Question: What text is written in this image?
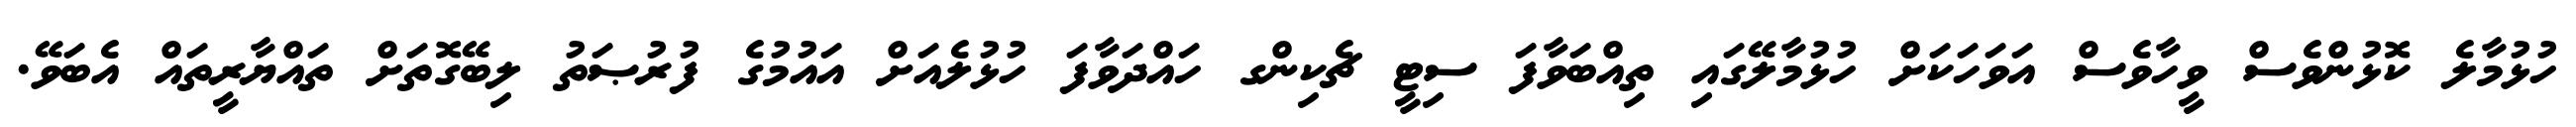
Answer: ހުޅުމާލެ ކޮޅުންވެސް ވީހާވެސް އަވަހަކަށް ހުޅުމާލޭގައި ތިއްބަވާފަ ސިޓީ ޗެކިންގ ހައްދަވާފަ ހުޅުލެއަށް އައުމުގެ ފުރުޞަތު ލިބޭގޮތަށް ތައްޔާރީތައް އެބަވޭ.